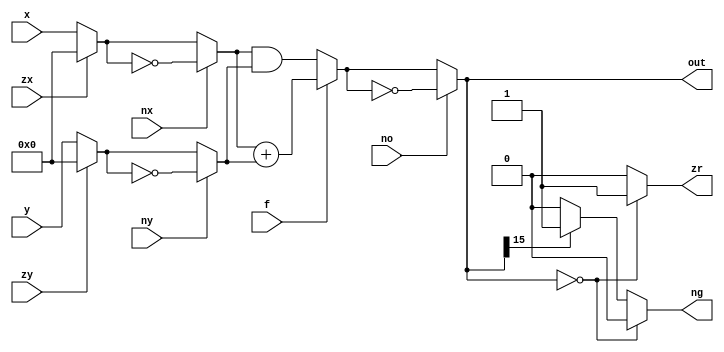
`ifndef _halu_h_
`define _halu_h_

`timescale 1ns / 1ps
//////////////////////////////////////////////////////////////////////////////////
// Company: 
// Engineer: 
// 
// Design Name: 
// Module Name:    hALU 
// Project Name: 
// Target Devices: 
// Tool versions: 
// Description: 
//
// Dependencies: 
//
// Revision: 
// Revision 0.01 - File Created
// Additional Comments: 
//
//////////////////////////////////////////////////////////////////////////////////
module hALU(
    input [15:0] x,
    input zx,
    input nx,
    input [15:0] y,
    input zy,
    input ny,
    input f,
    input no,
    output reg [15:0] out,
    output reg zr,
    output reg ng
    );
	 
	 reg [15 : 0] temp_x, temp_y, temp_out;
	
	always @* begin
		if (zx == 1'b1) begin
			temp_x = 16'b0;
		end else begin
			temp_x = x;
		end
		
		if (nx == 1'b1) begin
			temp_x = ~temp_x;		
		end
		
		if (zy == 1'b1) begin
			temp_y = 16'b0;
		end else begin
			temp_y = y;
		end
		
		if (ny == 1'b1) begin
			temp_y = ~temp_y;
		end
		
		if (f == 1'b0) begin // x & y
			temp_out = temp_x & temp_y;
		end else begin // x + y
			temp_out = temp_x + temp_y;
		end
		
		if (no == 1'b1) begin
			temp_out = ~temp_out;
		end
		
		if (temp_out == 0) begin
			zr = 1'b1;
			ng = 1'b0;
		end else if (temp_out[15] == 1'b0) begin
			zr = 1'b0;
			ng = 1'b0;
		end else begin
			zr = 1'b0;
			ng = 1'b1;
		end
		
		out = temp_out;
	end

endmodule

`endif